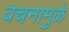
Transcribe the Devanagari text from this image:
वचनामुळे